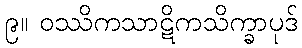
၉။ ဝဿိကသာဋိကသိက္ခာပုဒ်